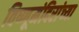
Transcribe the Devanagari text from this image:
विष्णूमंदिरांच्या